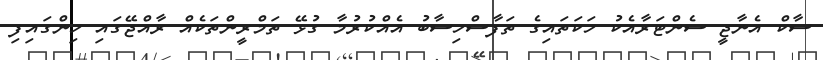
ސާކް އެނާޖީ ސެންޓަރާއެކު ހަކަތައިގެ ތަފާސްހިސާބު އެއްކުރުމާ ގުޅޭ ތަމްރީންތަކެއް ރާއްޖޭގައި ހިންގައިފި